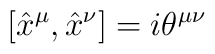
[\hat x^\mu, \hat x^\nu]=i\theta^{\mu\nu}